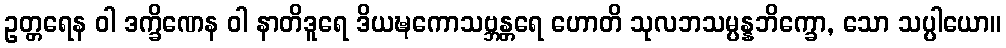
ဥတ္တရေန ဝါ ဒက္ခိဏေန ဝါ နာတိဒူရေ ဒိယဍ္ဎကောသဗ္ဘန္တရေ ဟောတိ သုလဘသမ္ပန္နဘိက္ခော, သော သပ္ပါယော။